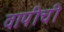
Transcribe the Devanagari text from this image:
वापीची